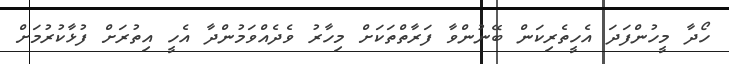
ހޯދާ މީހުންފަދަ އެހީތެރިކަން ބޭނުންވާ ފަރާތްތަކަށް މިހާރު ވެދެއްވަމުންދާ އެހީ އިތުރަށް ފުޅާކުރުމަށް